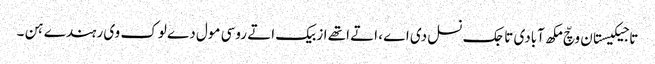
تاجیکیستان وچّ مکھ آبادی تاجک نسل دی اے ، اتے اتھے ازبیک اتے روسی مول دے لوک وی رہندے ہن ۔